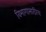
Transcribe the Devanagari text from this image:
विभागासाठीच